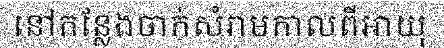
នៅកន្លែងចាក់សំរាមកាលពីអាយុ